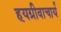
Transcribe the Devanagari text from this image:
हयग्रीवाचार्य